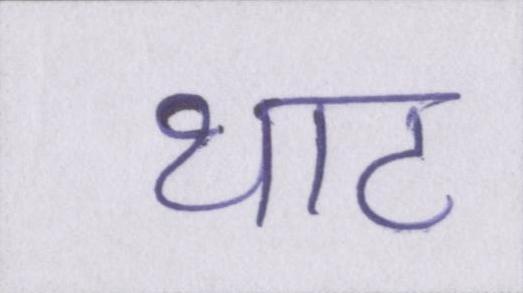
थाट